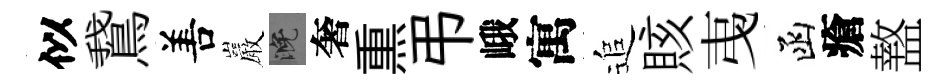
似鵞𠵊巖晚奢𤋱弔峨寓追賅𢎯函瘡盩